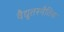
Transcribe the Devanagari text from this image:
वैद्युतस्थैतिक